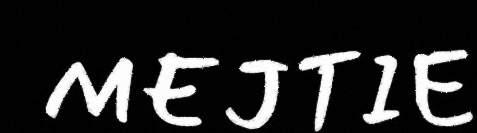
MEJTIE